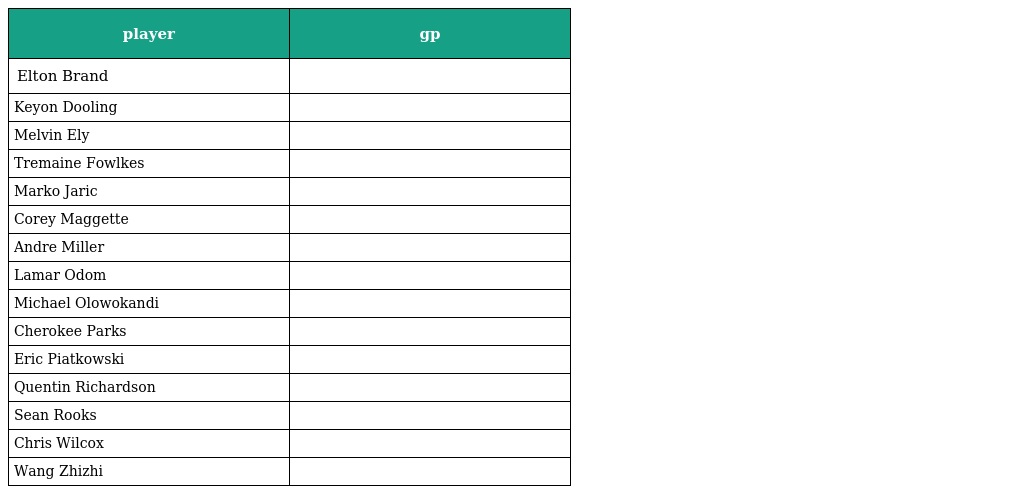
| player | gp |
 | --- | --- |
 | Elton Brand |  |
 | Keyon Dooling |  |
 | Melvin Ely |  |
 | Tremaine Fowlkes |  |
 | Marko Jaric |  |
 | Corey Maggette |  |
 | Andre Miller |  |
 | Lamar Odom |  |
 | Michael Olowokandi |  |
 | Cherokee Parks |  |
 | Eric Piatkowski |  |
 | Quentin Richardson |  |
 | Sean Rooks |  |
 | Chris Wilcox |  |
 | Wang Zhizhi |  |